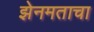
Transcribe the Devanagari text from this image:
झेनमताचा